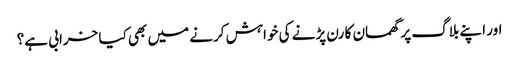
اور اپنے بلاگ پر گھمسان کا رن پڑنے کی خواہش کرنے میں بھی کیا خرابی ہے؟